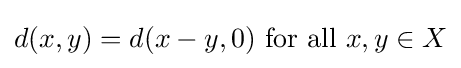
d(x,y)=d(x-y,0){\text{ for all }}x,y\in X